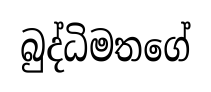
බුද්ධිමතගේ